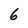
Character: 6